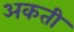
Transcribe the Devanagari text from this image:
अकती